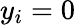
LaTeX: y_{i}=0